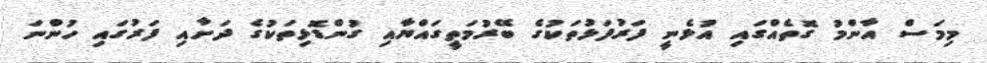
މިމަސް އާންމު ގޮތެއްގައި އުޅެނީ ފަރުފަޅުތަކުގެ ބޭރުމަތީގައްޔާއި ގުންޑޮޅިތަކުގެ ދަށާއި ފަރުގައި ހުންނަ